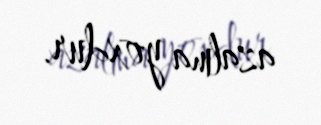
azalma yoxdur.